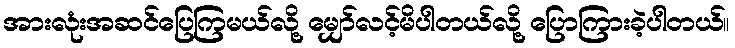
အားလုံးအဆင်ပြေကြမယ်လို့ မျှော်လင့်မိပါတယ်လို့ ပြောကြားခဲ့ပါတယ်။